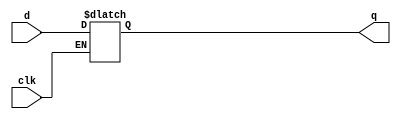
//#############################################################################
//# Function:  D-type active-low transparent latch                            #
//# Copyright: OH Project Authors. ALl rights Reserved.                       #
//# License:   MIT (see LICENSE file in OH repository)                        #
//#############################################################################

module asic_latnq #(parameter PROP = "DEFAULT")   (
    input      d,
    input      clk,
    output reg q
    );

   always @ (clk or d)
     if(~clk)
       q <= d;

endmodule